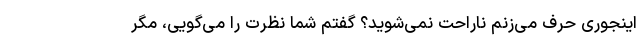
اینجوری حرف می‌زنم ناراحت نمی‌شوید؟ گفتم شما نظرت را می‌گویی، مگر